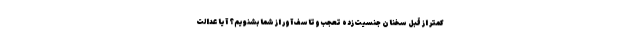
کمتر از قبل سخنان جنسیت‌زدهٔ تعجب‌وتاسف‌آور از شما بشنویم؟ آیا عدالت